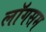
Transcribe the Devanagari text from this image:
लॉगसम